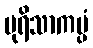
ပုရိသာကပ္ပံ